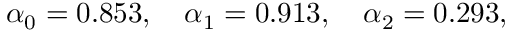
\alpha _ { 0 } = 0 . 8 5 3 , \quad \alpha _ { 1 } = 0 . 9 1 3 , \quad \alpha _ { 2 } = 0 . 2 9 3 ,